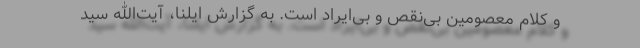
و کلام معصومین بی‌نقص و بی‌ایراد است. به گزارش ایلنا، آیت‌الله سید